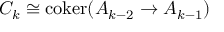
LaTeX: C _ { k } \cong \operatorname { c o k e r } ( A _ { k - 2 } \to A _ { k - 1 } )